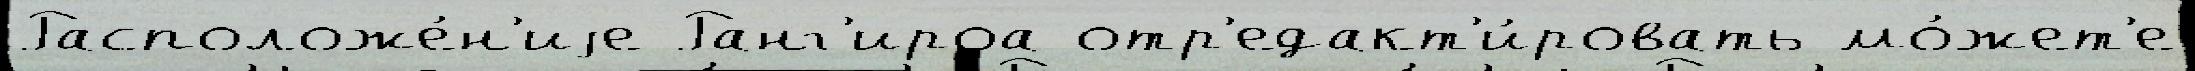
Расположе́н'иjе Ранг'ироа отр'едакт'и́ровать мо́жет'е